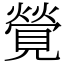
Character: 覮